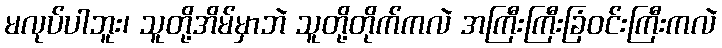
မလုပ်ပါဘူး၊ သူတို့အိမ်မှာဘဲ သူတို့တိုက်ကလဲ အကြီးကြီးခြံဝင်းကြီးကလဲ